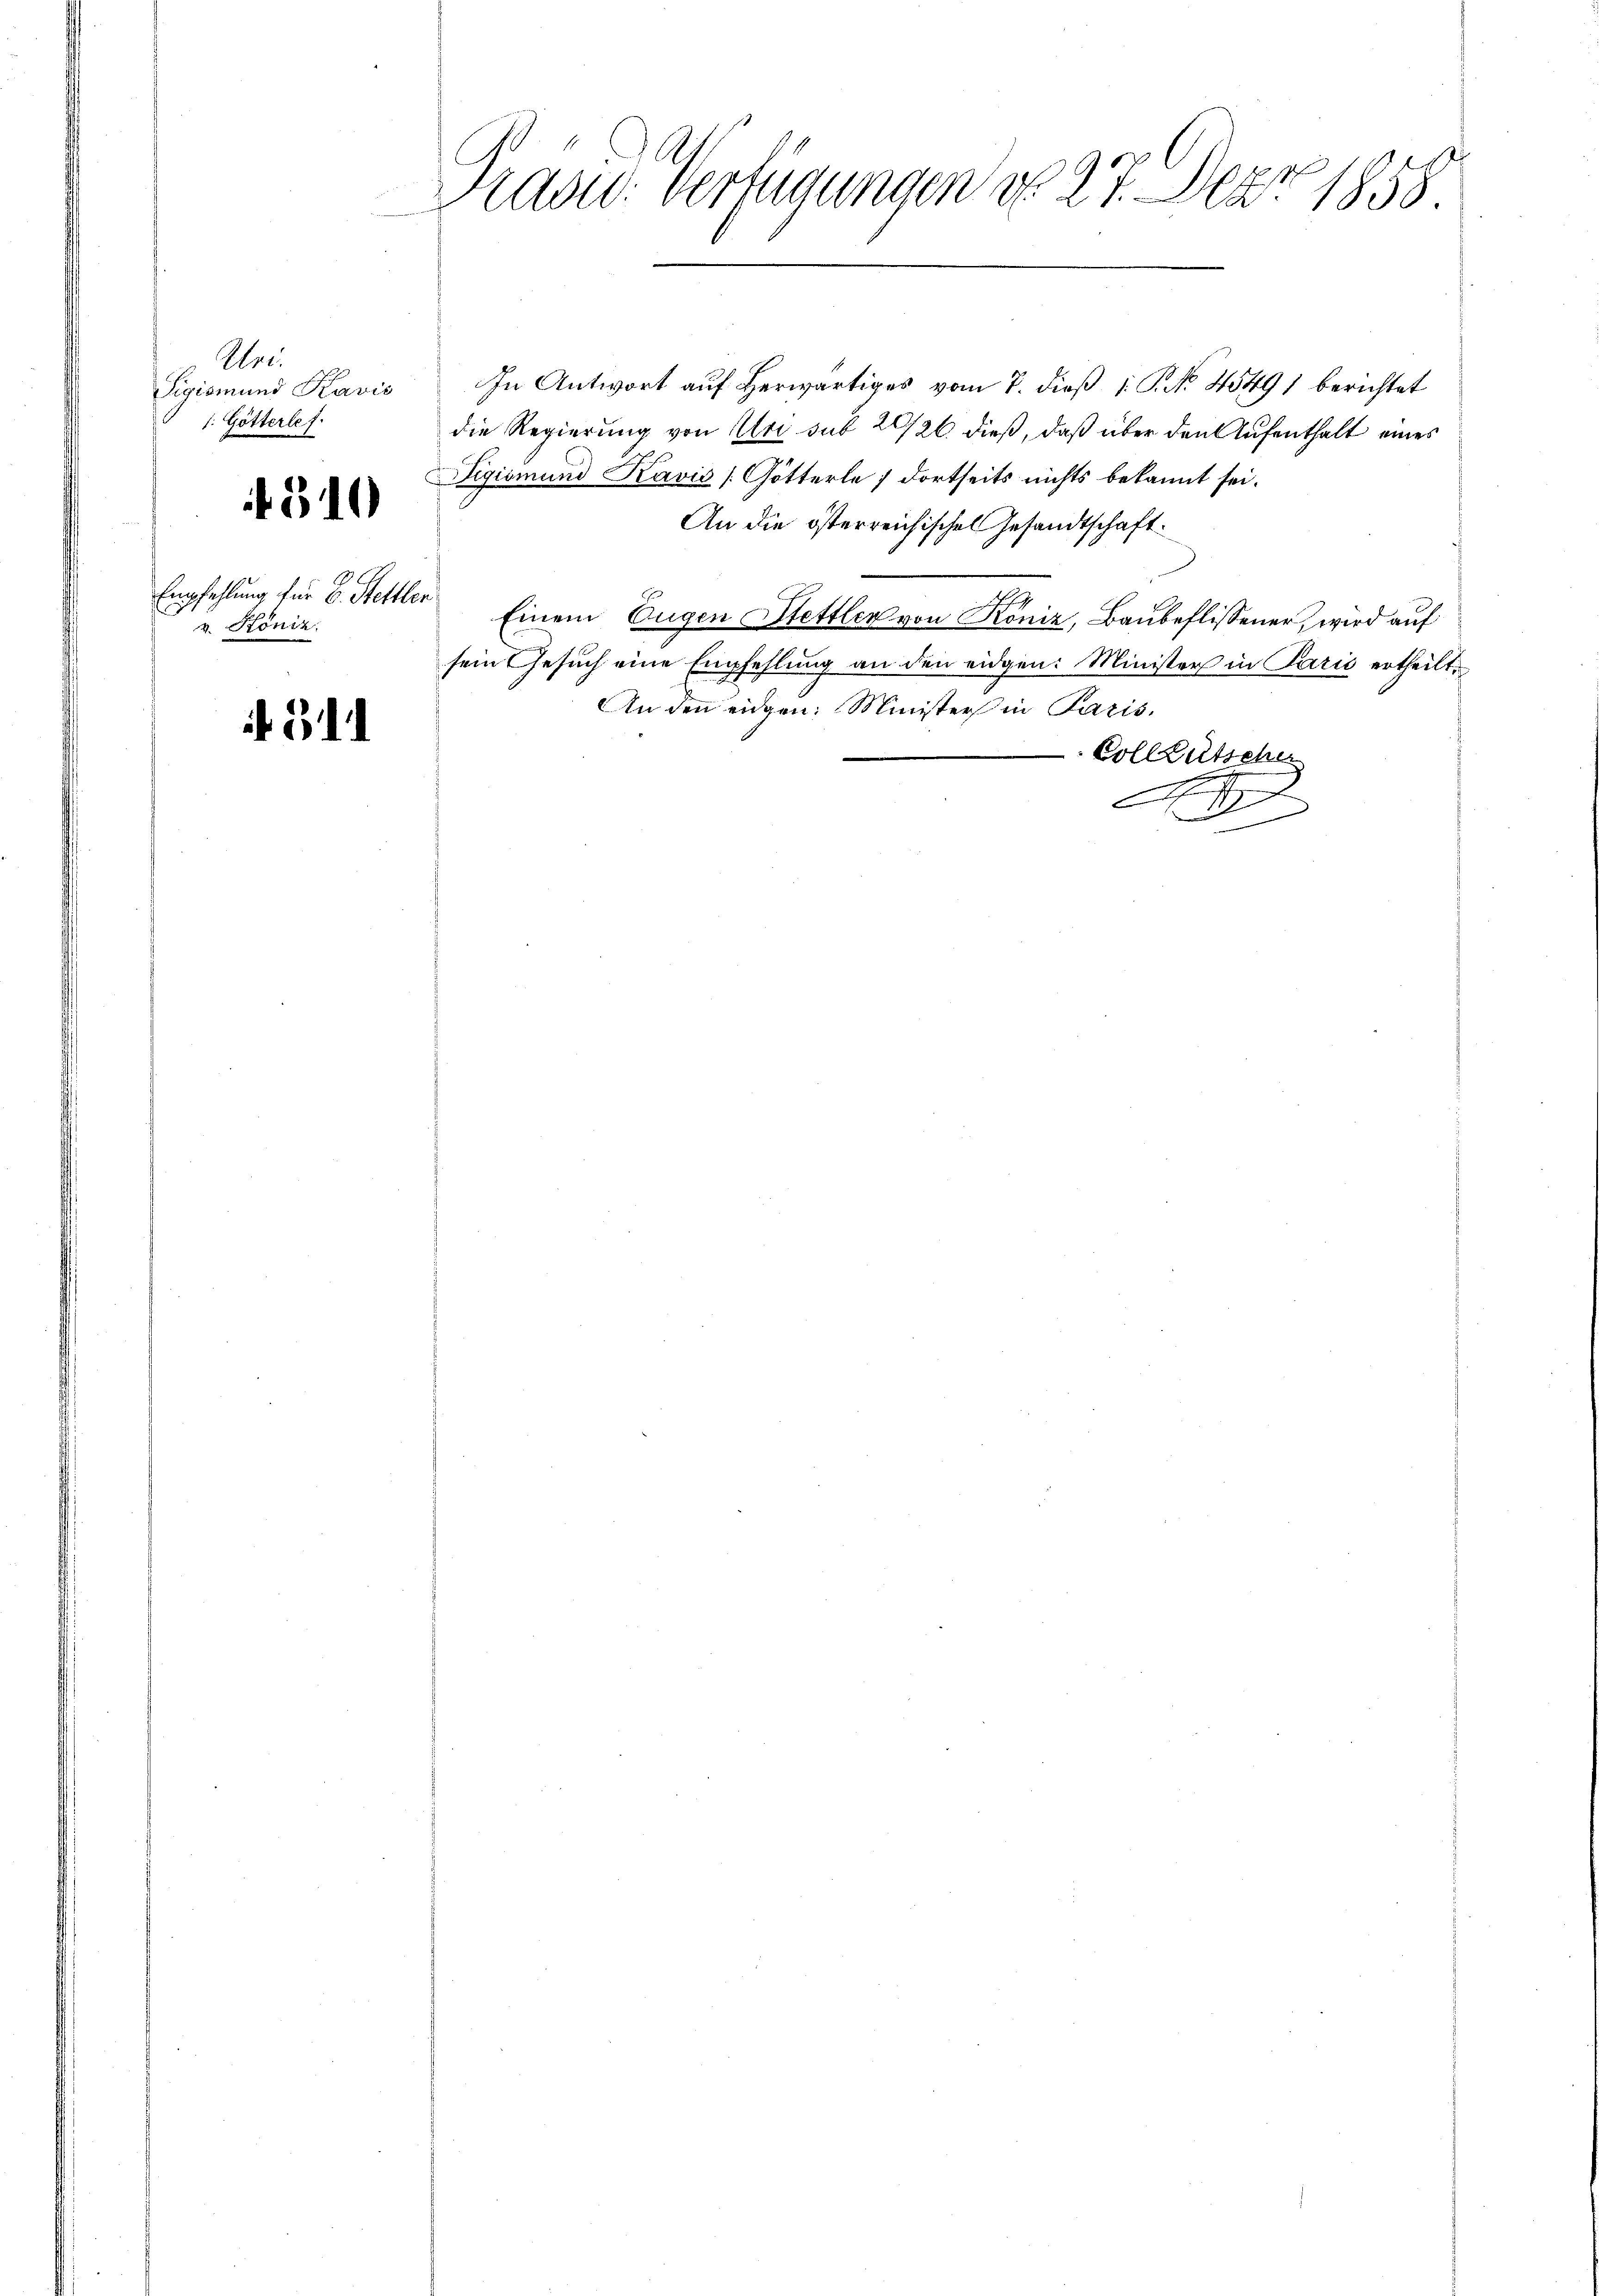
Uri.
Sigismund Kavis
1. Götterlef.

f 310

Empfehlung für E. Stettle.
v. Köniz

if. 61

Kraad: Verfügungen d. 27. Dez. 1858.

In Antwort auf herwärtiges vom 7. dieß 1: P. No. 4549) berichtet
die Regierung von Uri sub 20/26 dieß, daß über den Aufenthalt eines
igismund Kavis [Götterle ; dortseits nichts bekannt sei.
An die österreichischen Gesandtschaft
Einem Eugen Stettler von Köniz, Baubeflissener, wird auf
sein Gesuch eine Empfehlung an den eidgen: Minister in Paris ertheilt.
An den eidgen. Minister in Paris.
Vollzutscher
e
A
1
.